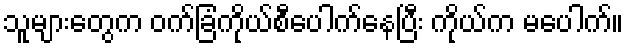
သူများတွေက ဝက်ခြံကိုယ်စီပေါက်နေပြီး ကိုယ်က မပေါက်။